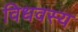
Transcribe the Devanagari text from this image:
विधवस्य